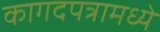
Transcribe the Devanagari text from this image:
कागदपत्रामध्ये